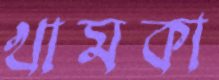
খামকা